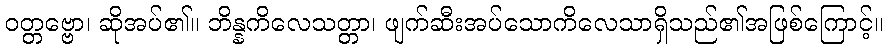
ဝတ္တဗ္ဗော၊ ဆိုအပ်၏။ ဘိန္နကိလေသတ္တာ၊ ဖျက်ဆီးအပ်သောကိလေသာရှိသည်၏အဖြစ်ကြောင့်။